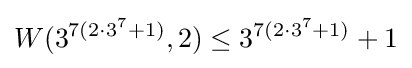
W(3^{7(2\cdot 3^{7}+1)},2)\leq 3^{7(2\cdot 3^{7}+1)}+1